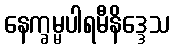
နေက္ခမ္မပါရမီနိဒ္ဒေသ